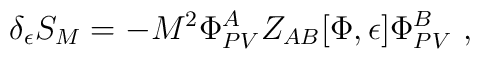
\delta_\epsilon S_M = -M^2 \Phi^A_{PV} Z_{AB}[\Phi,\epsilon ] \Phi^B_{PV} \  ,